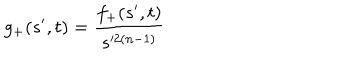
g _ { + } ( s ^ { \prime } , t ) = \frac { f _ { + } ( s ^ { \prime } , t ) } { s ^ { 2 ( n - 1 ) } }